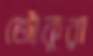
জৌকুরা